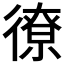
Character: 𫹣